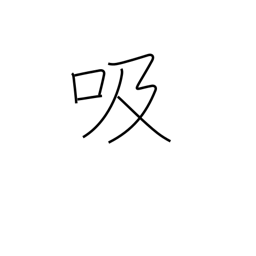
Meaning: inhale